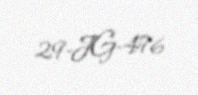
29-JG-476